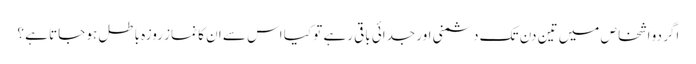
اگر دو اشخاص میں تین دن تک دشمنی اور جدائی باقی رہے تو کیا اس سے ان کا نماز روزہ باطل ہو جاتا ہے ؟